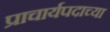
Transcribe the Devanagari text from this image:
प्राचार्यपदाच्या